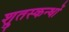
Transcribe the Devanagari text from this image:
श्रुतस्कन्धों